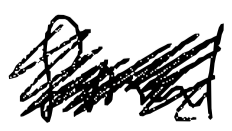
Text: final
Cross-out: scratch
Writing tool: digital_black